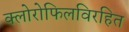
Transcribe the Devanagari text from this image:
क्लोरोफिलविरहित